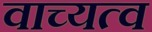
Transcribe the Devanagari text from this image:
वाच्यत्व